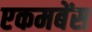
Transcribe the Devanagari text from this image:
एकमबेंस